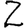
Digit: 2